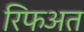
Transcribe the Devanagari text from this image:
रिफअत